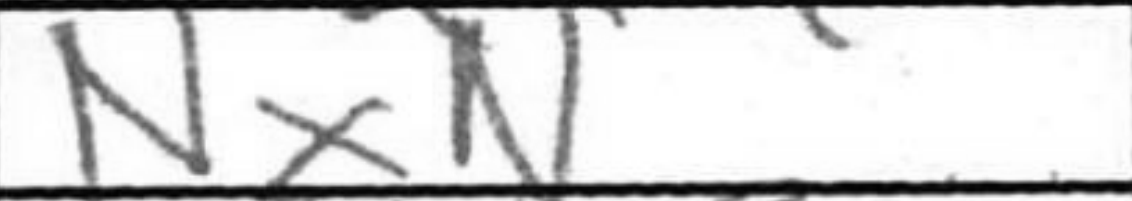
Transcription: NxN